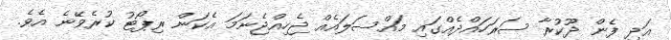
އަދި ފެން ދޫކުރާ ސަރަހައްދެއްގައި މައްސަލައެއް ޖެހިއްޖެނަމަ އެކަން ރިޕޯޓު ކުރެވޭނެ އެވެ.